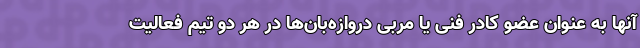
آنها به عنوان عضو کادر فنی یا مربی دروازه‌بان‌ها در هر دو تیم فعالیت